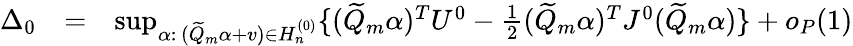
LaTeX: \begin{array}{rlr}{\Delta_{0}}&{=}&{\operatorname*{sup}_{\alpha:\, (\widetilde{Q}_{m}\alpha+v)\in H_{n}^{(0)}}\{ (\widetilde{Q}_{m}\alpha)^{T}U^{0}-\frac{1}{2}(\widetilde{Q}_{m}\alpha)^{T}J^{0}(\widetilde{Q}_{m}\alpha)\} +o_{P}(1)}\end{array}